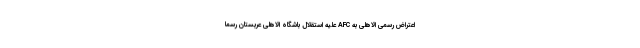
اعتراض رسمی الاهلی به AFC علیه استقلال باشگاه الاهلی عربستان رسما